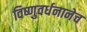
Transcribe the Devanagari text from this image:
विष्णुवर्धनानेच